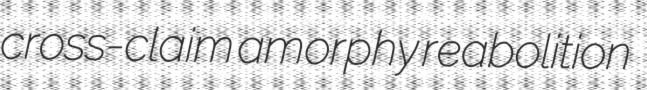
cross-claim amorphy reabolition